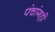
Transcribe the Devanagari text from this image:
पंचांगही